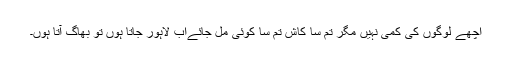
اچھے لوگوں کی کمی نہیں مگر تم سا کاش تم سا کوئی مل جائےاب لاہور جاتا ہوں تو بھاگ آتا ہوں۔